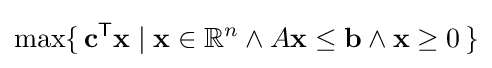
\max\{\,\mathbf {c} ^{\mathsf {T}}\mathbf {x} \mid \mathbf {x} \in \mathbb {R} ^{n}\land A\mathbf {x} \leq \mathbf {b} \land \mathbf {x} \geq 0\,\}